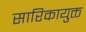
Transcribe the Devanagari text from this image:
सारिकायुक्त